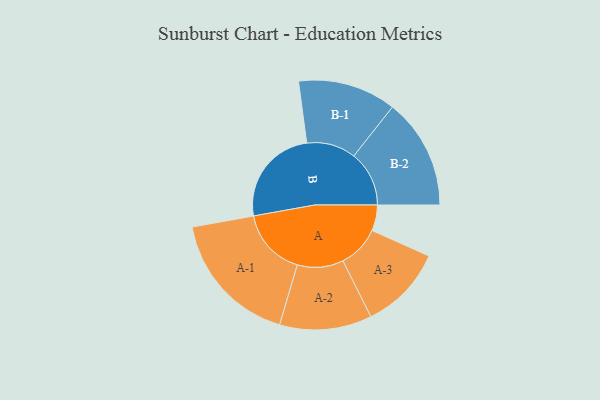
{"axis": {"x": "Segment", "y": "Value"}, "legend": ["", "A", "B"], "data": [{"x": "A", "y": 109, "type": ""}, {"x": "B", "y": 419, "type": ""}, {"x": "A-1", "y": 287, "type": "A"}, {"x": "A-2", "y": 195, "type": "A"}, {"x": "A-3", "y": 178, "type": "A"}, {"x": "B-1", "y": 208, "type": "B"}, {"x": "B-2", "y": 234, "type": "B"}]}